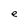
Character: e